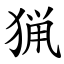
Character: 猟